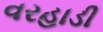
વરહાડી